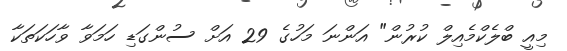
މިއީ ބްލެކްމެއިލް ކުރުން" އަންނަ މަހުގެ 29 އަށް ސުންގަޑި ހަމަވާ ވާހަކަތަކާ